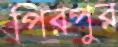
পিরপুর